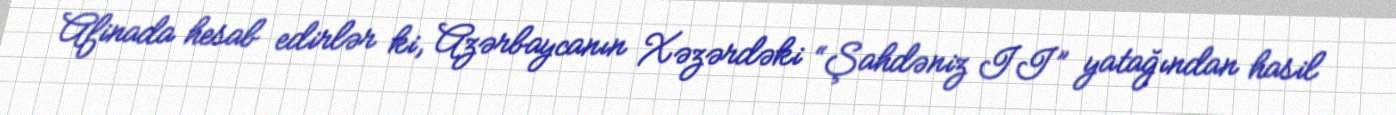
Afinada hesab edirlər ki, Azərbaycanın Xəzərdəki “Şahdəniz II” yatağından hasil